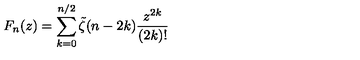
F _ { n } ( z ) = \sum _ { k = 0 } ^ { n / 2 } \tilde { \zeta } ( n - 2 k ) \frac { z ^ { 2 k } } { ( 2 k ) ! }